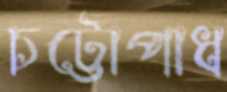
চট্টোপাধ